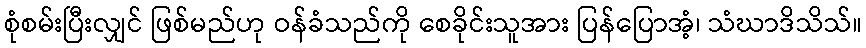
စုံစမ်းပြီးလျှင် ဖြစ်မည်ဟု ဝန်ခံသည်ကို စေခိုင်းသူအား ပြန်ပြောအံ့၊ သံဃာဒိသိသ်။